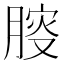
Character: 𰮾